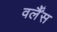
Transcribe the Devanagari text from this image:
वर्लैंस